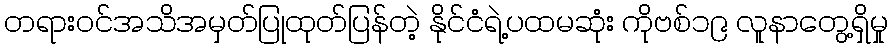
တရားဝင်အသိအမှတ်ပြုထုတ်ပြန်တဲ့ နိုင်ငံရဲ့ပထမဆုံး ကိုဗစ်၁၉ လူနာတွေ့ရှိမှု